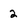
Character: 2